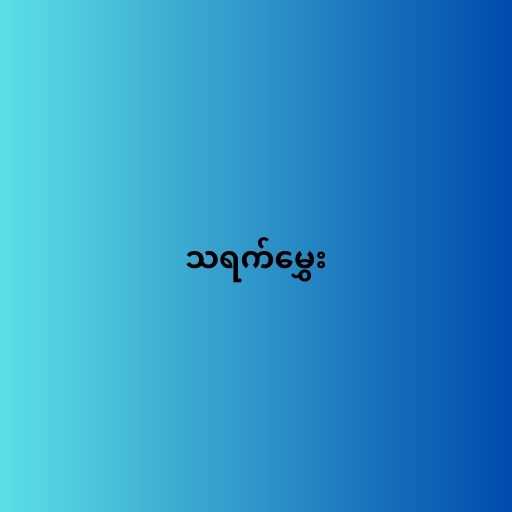
သရက်မွှေး